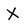
Character: X